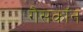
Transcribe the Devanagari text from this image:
गैसकॉन